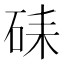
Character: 𥑶